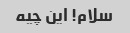
سلام! این چیه